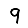
Digit: 9